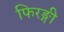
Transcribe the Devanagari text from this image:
फिरङ्गी